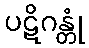
ပဋိဂန္တုံ